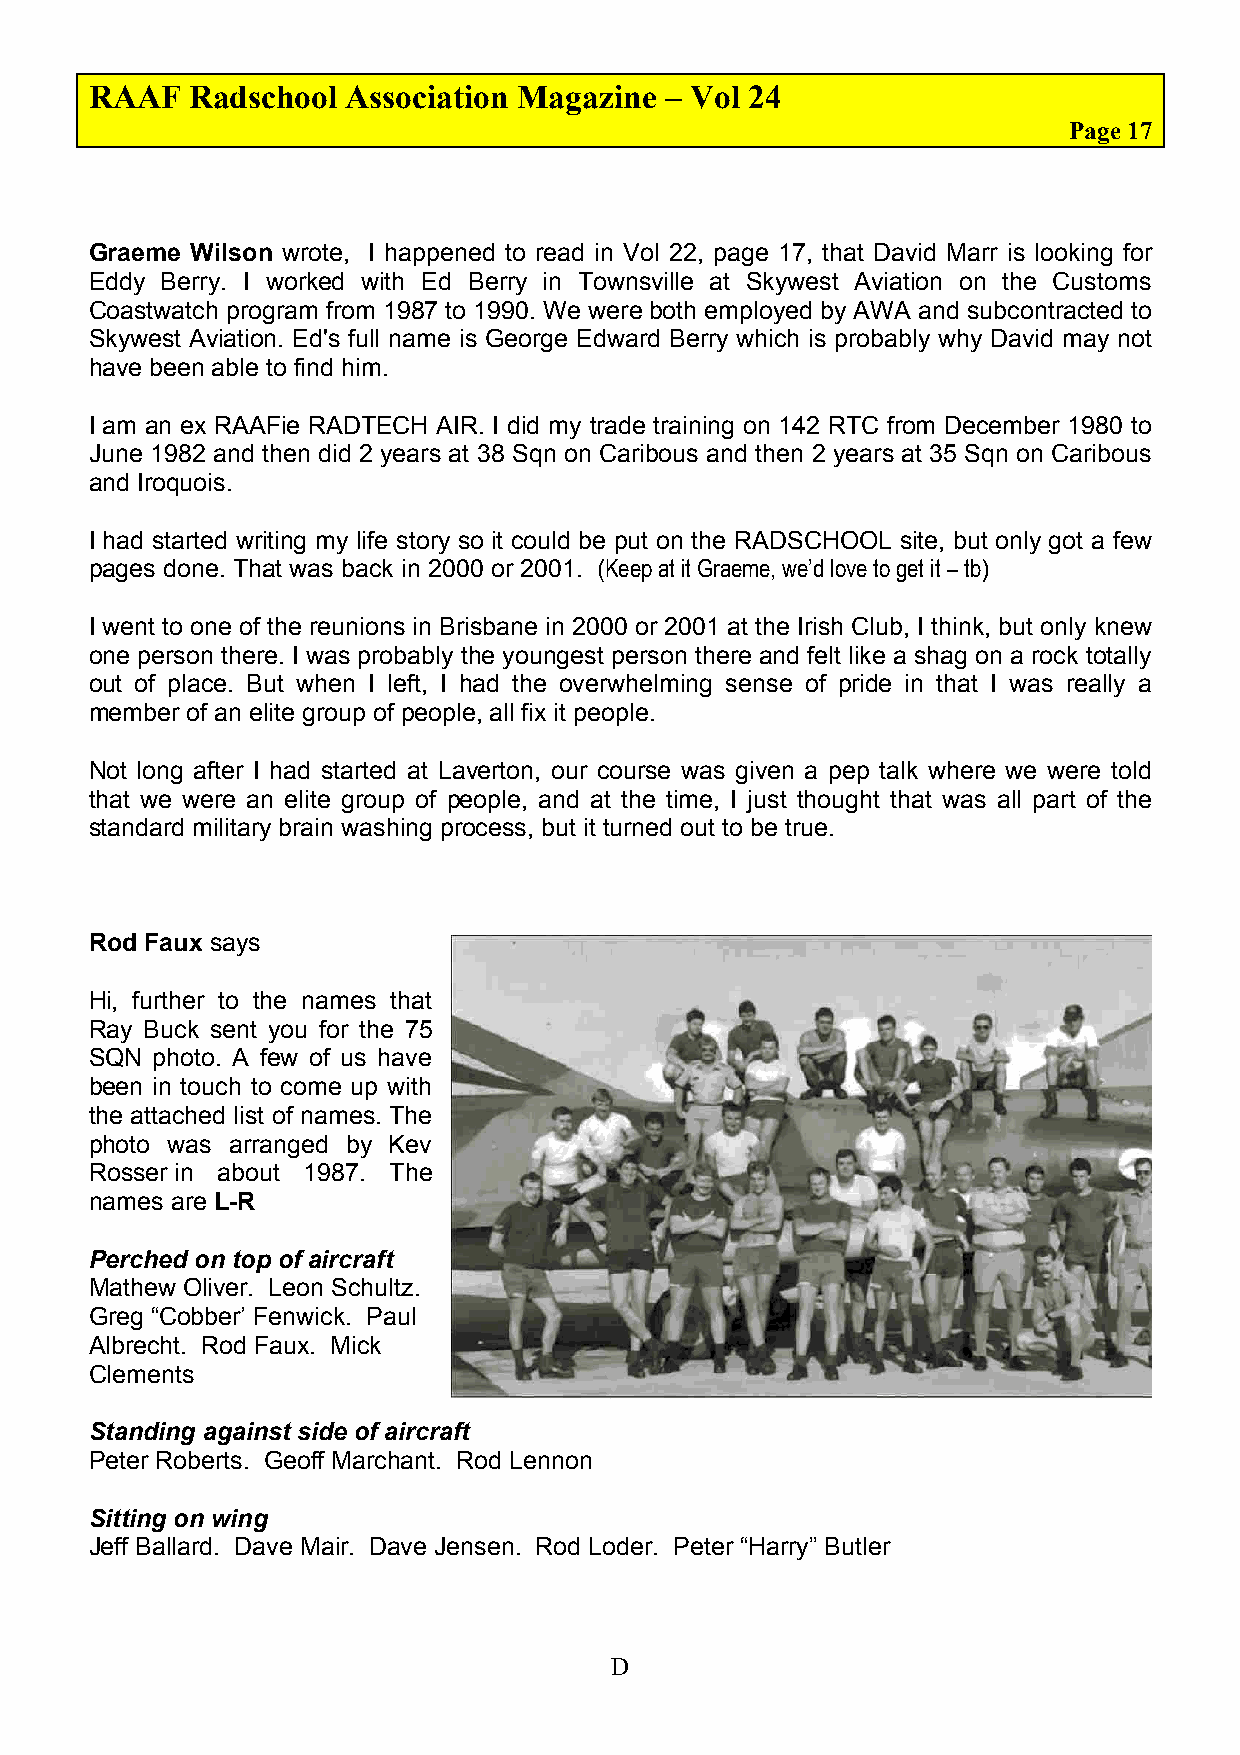
RAAF   Radschool Association Magazine – Vol 24
 Page 17
 Graeme Wilson wrote, I happened to read in Vol 22, page 17, that David Marr is looking for
 Eddy Berry. I worked with Ed Berry in Townsville at Skywest Aviation on the Customs
 Coastwatch program from 1987 to 1990. We were both employed by AWA and subcontracted to
 Skywest Aviation. Ed's full name is George Edward Berry which is probably why David may not
 have been able to find him.
 I am an ex RAAFie RADTECH AIR. I did my trade training on 142 RTC from December 1980 to
 June 1982 and then did 2 years at 38 Sqn on Caribous and then 2 years at 35 Sqn on Caribous
 and Iroquois.
 I had started writing my life story so it could be put on the RADSCHOOL site, but only got a few
 pages done. That was back in 2000 or 2001. (Keep at it Graeme, we’d love to get it – tb)
 I went to one of the reunions in Brisbane in 2000 or 2001 at the Irish Club, I think, but only knew
 one person there. I was probably the youngest person there and felt like a shag on a rock totally
 out of place. But when I left, I had the overwhelming sense of pride in that I was really a
 member of an elite group of people, all fix it people.
 Not long after I had started at Laverton, our course was given a pep talk where we were told
 that we were an elite group of people, and at the time, I just thought that was all part of the
 standard military brain washing process, but it turned out to be true.
 Rod Faux says
 Hi, further to the names that
 Ray Buck sent you for the 75
 SQN photo. A few of us have
 been in touch to come up with
 the attached list of names. The
 photo was arranged by Kev
 Rosser in about 1987. The
 names are L-R
 Perched on top of aircraft
 Mathew Oliver. Leon Schultz.
 Greg “Cobber’ Fenwick. Paul
 Albrecht. Rod Faux. Mick
 Clements
 Standing against side of aircraft
 Peter Roberts. Geoff Marchant. Rod Lennon
 Sitting on wing
 Jeff Ballard. Dave Mair. Dave Jensen. Rod Loder. Peter “Harry” Butler
 D